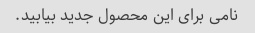
نامی برای این محصول جدید بیابید.